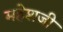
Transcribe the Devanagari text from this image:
महेशजी